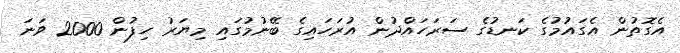
އެގޮތުން އެގައުމުގެ ކަނޑުގެ ސަރަހައްދުން އުރަހައިގެ ބޭނުމުގައި މިޔަރު ހިފުން 2000 ވަނަ